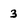
Character: 3